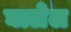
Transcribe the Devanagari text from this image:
घालेल